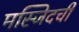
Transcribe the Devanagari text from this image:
मस्जिदची